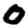
Digit: 0